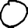
Digit: 0